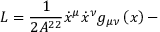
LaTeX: L = \frac { 1 } { 2 A ^ { 2 2 } } \dot { x } ^ { \mu } \dot { x } ^ { \nu } g _ { \mu \nu } \left( x \right) -